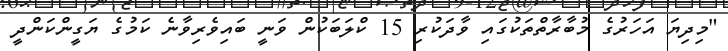
"މިދިޔަ އަހަރުގެ މުބާރާތްތަކުގައި ވާދަކުރި 15 ކްލަބަކުން ވަނީ ބައިވެރިވާނެ ކަމުގެ ޔަގީންކަންދީ